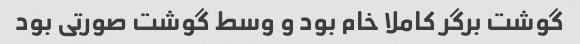
گوشت برگر کاملا خام بود و وسط گوشت صورتی بود